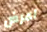
اعرض